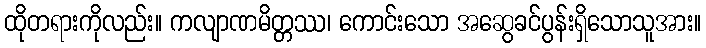
ထိုတရားကိုလည်း။ ကလျာဏမိတ္တဿ၊ ကောင်းသော အဆွေခင်ပွန်းရှိသောသူအား။